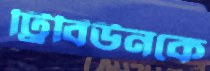
ট্রিবিউনকে